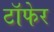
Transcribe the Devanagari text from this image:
टाॅफेर